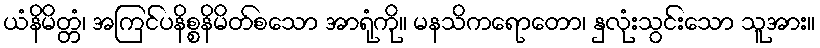
ယံနိမိတ္တံ၊ အကြင်ပနိစ္စနိမိတ်စသော အာရုံကို။ မနသိကရောတော၊ နှလုံးသွင်းသော သူအား။